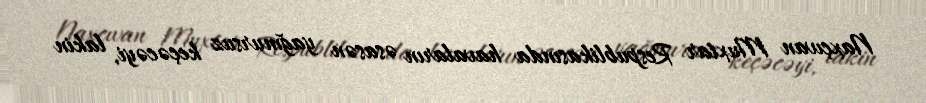
Naxçıvan Muxtar Respublikasında havaların əsasən yağmursuz keçəcəyi, lakin